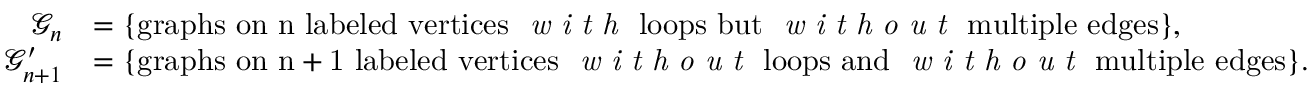
\begin{array} { r l } { \mathcal { G } _ { n } } & { = \{ \mathrm { g r a p h s ~ o n ~ n ~ l a b e l e d ~ v e r t i c e s ~ \emph { w i t h } ~ l o o p s ~ b u t ~ \emph { w i t h o u t } ~ m u l t i p l e ~ e d g e s } \} , } \\ { \mathcal { G } _ { n + 1 } ^ { \prime } } & { = \{ \mathrm { g r a p h s ~ o n ~ n + 1 ~ l a b e l e d ~ v e r t i c e s ~ \emph { w i t h o u t } ~ l o o p s ~ a n d ~ \emph { w i t h o u t } ~ m u l t i p l e ~ e d g e s } \} . } \end{array}